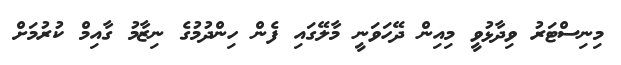
މިނިސްޓަރު ވިދާޅުވީ މިއިން ދޭހަވަނީ މާލޭގައި ފެން ހިންދުމުގެ ނިޒާމު ގާއިމް ކުރުމަށް